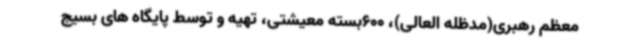
معظم رهبری(مدظله العالی)، 600بسته معیشتی، تهیه و توسط پایگاه های بسیج